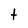
Character: t